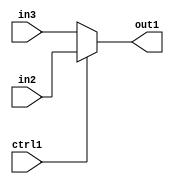
`timescale 1ps / 1ps
/*****************************************************************************
    Verilog RTL Description
    
    
    Created by: Stratus DpOpt 2019.1.01 
*******************************************************************************/

module feature_write_addr_gen_N_Mux_3_2_21_4 (
	in3,
	in2,
	ctrl1,
	out1
	); /* architecture "behavioural" */ 
input [2:0] in3,
	in2;
input  ctrl1;
output [2:0] out1;
wire [2:0] asc001;

reg [2:0] asc001_tmp_0;
assign asc001 = asc001_tmp_0;
always @ (ctrl1 or in2 or in3) begin
	case (ctrl1)
		1'B1 : asc001_tmp_0 = in2 ;
		default : asc001_tmp_0 = in3 ;
	endcase
end

assign out1 = asc001;
endmodule

/* CADENCE  uLjzQw8= : u9/ySgnWtBlWxVPRXgAZ4Og= ** DO NOT EDIT THIS LINE ******/